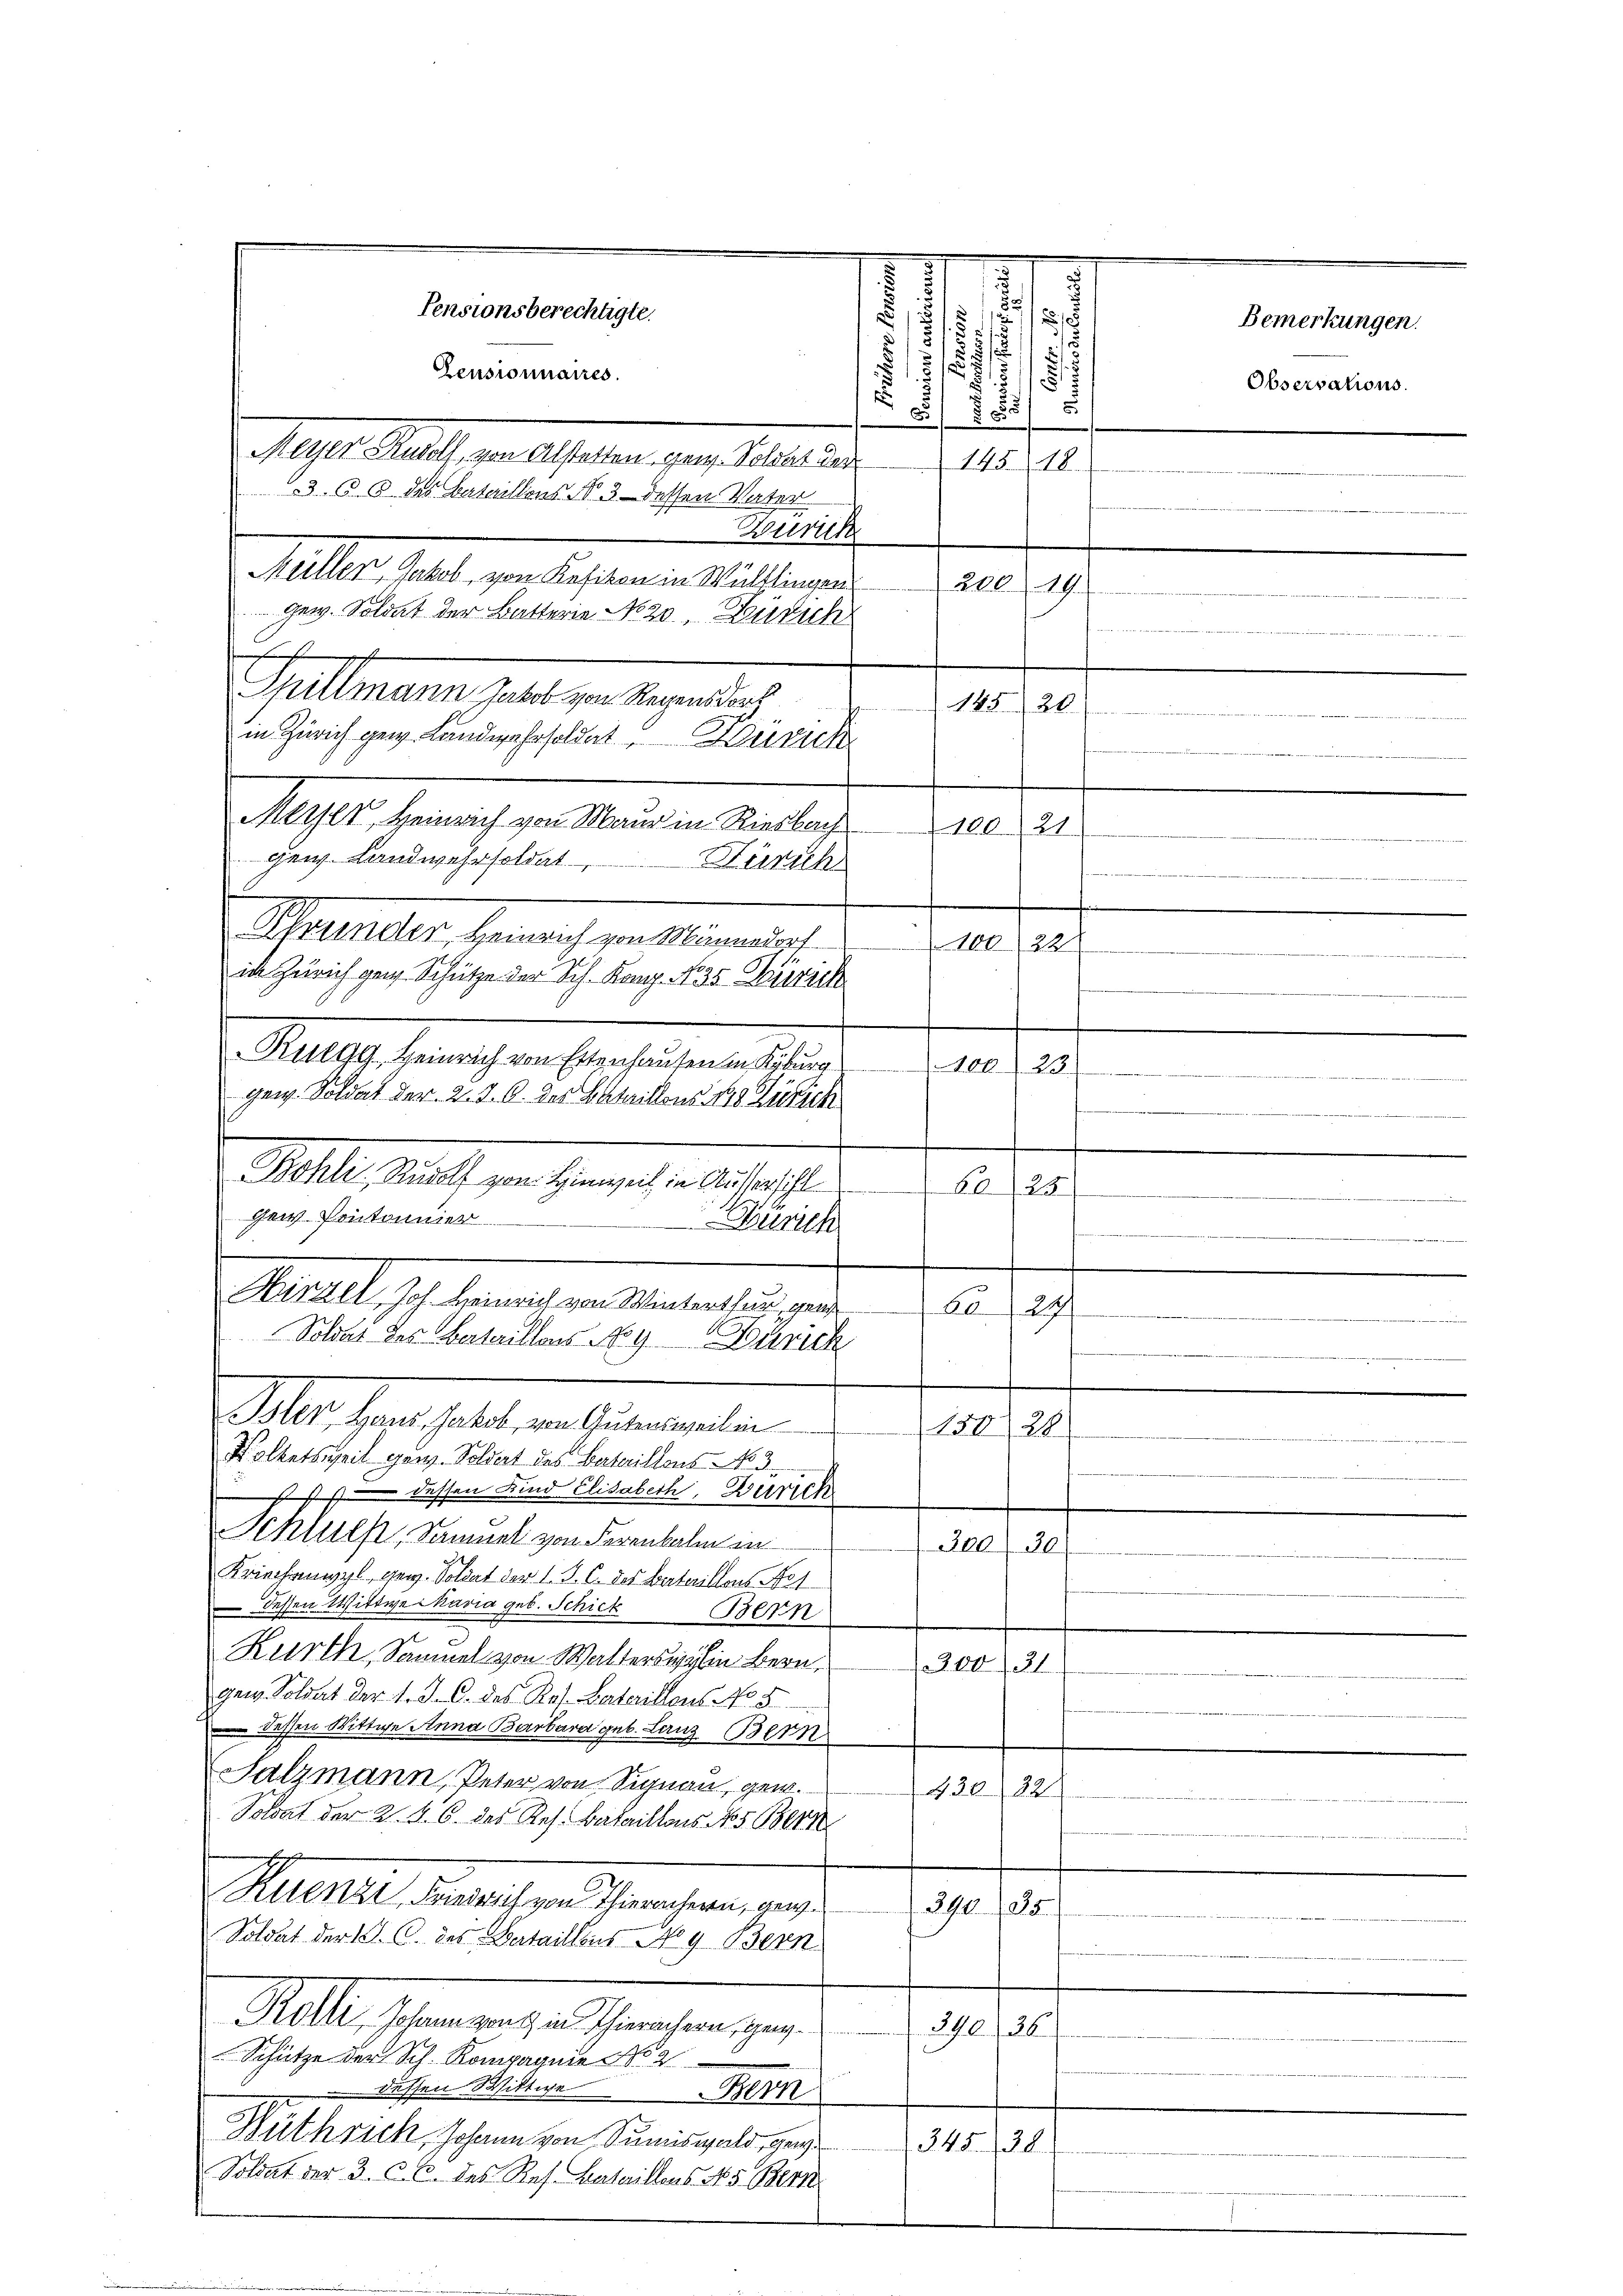
Magen Mall der Geselben den Beteil der
36. 3 des Bataillons No. 3. dessen Vater
Zürich
Müller, Jakob, von Kefikon in Wülflingen
200. 19.
Gem. Soldat der Batterie No 20, Zürich
mes
Spillmann Jakob von Regensdorf
in Zürich gew. Landwahrsoldat Zürich
Meyer, Heinrich von Maur in Riesbach
gew. Landwehr soldat
Zürich
Murteiler, Hernach von Magenen
ich Zürich gen Schütze der Sch. Kanz. No 35. Zürich
Ruegg, Heinrich von Ettenhausen in Kyburg
gen. Soldat der 2. d. 6. des Bataillons 8 Zürich
Bohli, Rudolf von Hinweil in Aussersihl 6025
gew. Pontonnier
Zürich
Mietet sie heraus ein Vertretung ein
6021
Soldat des Bataillons Noy Zürich
M. erhalt in einmalen
15028
Volketsweil gew. Soldert des Bataillons No 3
sst dessen Kind Elisabeth, Zürich
Schulst, Sammel von Ferenbahn in
300. 30
Kriechenwyl, gew. Soldat der 1. P. C. des Bataillons Not
 dessen Wittwe Skavia geb. Schick
Bern
Kurth, Sammel von Walterswylin bern,
der
gew. Soldat der 1. J. C. des Rat. Bataillons No. 5.
dessen Wittwe Anna Barbara geb. Lanz Bern
Salzmann, Peter von Signau, gew.
43032
Soldat der 2. 4. 6. des Res. Bataillons No 5 Bern
Muerit der als ein Sachen, auch
390. 35
Soldat der 1. C. des Bataillens No 9 Bern
Kolli, Johann von in Thierachern, ganz
390. 36
Schütze der Sch. Kompagnie No 2
dessen Wittwe Bern
Nüthrich, Johann von Sumiswald, gen
34538.
Soldat der 3. C. c. des Res. Bataillons No 5. Bern

Pensionsberechtigte.
Zensionnaires.

.
d
u
2
55
si
1
5
2
.
51
.
.
u
755/
14518.

e
A452.
e
100. 21
e
100. 22.
100. 23

Bemerkungen.
Observations.